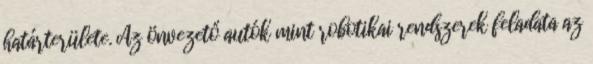
határterülete. Az önvezető autók mint robotikai rendszerek feladata az